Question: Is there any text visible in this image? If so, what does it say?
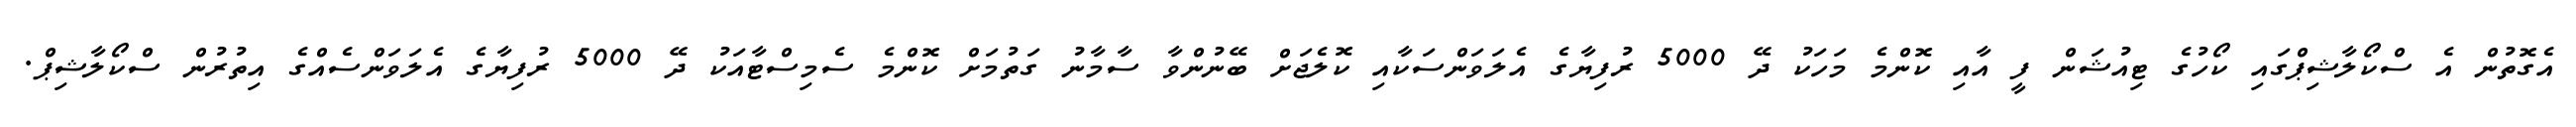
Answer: އެގޮތުން އެ ސްކޯލާޝިޕްގައި ކޯހުގެ ޓިއުޝަން ފީ އާއި ކޮންމެ މަހަކު ދޭ 5000 ރުފިޔާގެ އެލަވަންސަކާއި ކޮލެޖަށް ބޭނުންވާ ސާމާނު ގަތުމަށް ކޮންމެ ސެމިސްޓާއަކު ދޭ 5000 ރުފިޔާގެ އެލަވަންސެއްގެ އިތުރުން ސްކޯލާޝިޕް.